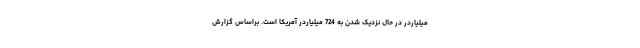
میلیاردر در حال نزدیک شدن به 724 میلیاردر آمریکا است. براساس گزارش